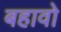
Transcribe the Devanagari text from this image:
बहावो